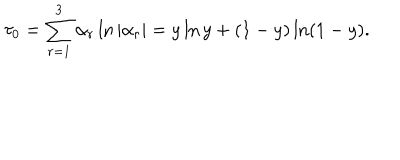
\tau _ { 0 } = \sum _ { r = 1 } ^ { 3 } \alpha _ { r } \ln | \alpha _ { r } | = y \ln y + ( 1 - y ) \ln ( 1 - y ) .